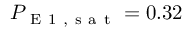
P _ { \mathrm { ~ E ~ 1 ~ , ~ s ~ a ~ t ~ } } = 0 . 3 2